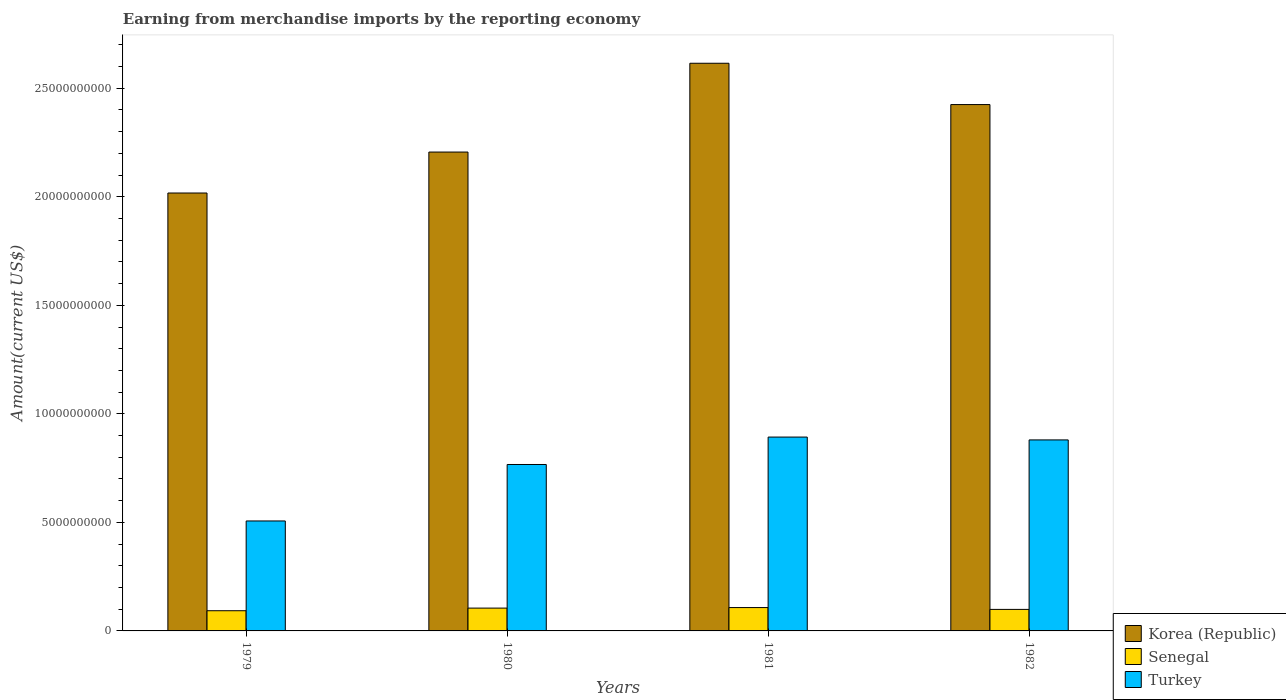
| Years | Korea (Republic) | Senegal | Turkey |
 | --- | --- | --- | --- |
 | 1979 | 2.02e+10 | 9.31e+08 | 5.07e+09 |
 | 1980 | 2.21e+10 | 1.05e+09 | 7.67e+09 |
 | 1981 | 2.62e+10 | 1.08e+09 | 8.93e+09 |
 | 1982 | 2.43e+10 | 9.92e+08 | 8.8e+09 |